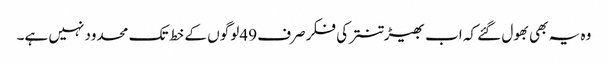
وہ یہ بھی بھول گئے کہ اب بھیڑ تنتر کی فکر صرف 49 لوگوں کے خط تک محدود نہیں ہے۔